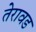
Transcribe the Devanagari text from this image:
तेरावड